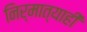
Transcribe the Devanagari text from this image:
निर्मात्याही